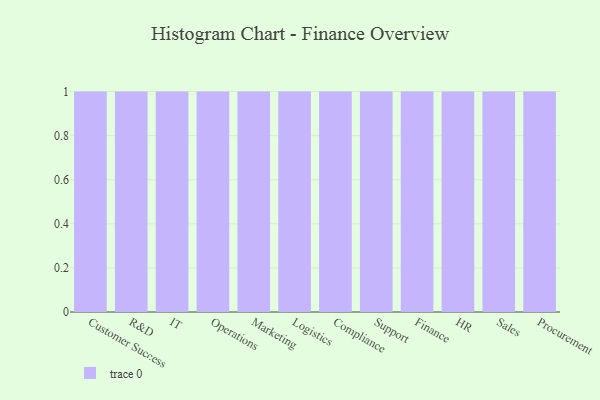
{"axis": {"x": "Department", "y": "Page Views"}, "legend": [""], "data": [{"x": "Customer Success", "y": 8, "type": ""}, {"x": "R&D", "y": 60, "type": ""}, {"x": "IT", "y": 96, "type": ""}, {"x": "Operations", "y": 32, "type": ""}, {"x": "Marketing", "y": 11, "type": ""}, {"x": "Logistics", "y": 25, "type": ""}, {"x": "Compliance", "y": 88, "type": ""}, {"x": "Support", "y": 76, "type": ""}, {"x": "Finance", "y": 88, "type": ""}, {"x": "HR", "y": 46, "type": ""}, {"x": "Sales", "y": 76, "type": ""}, {"x": "Procurement", "y": 63, "type": ""}]}